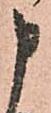
申